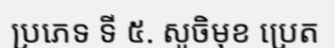
ប្រភេទ ទី ៥. សូចិមុខ ប្រេត